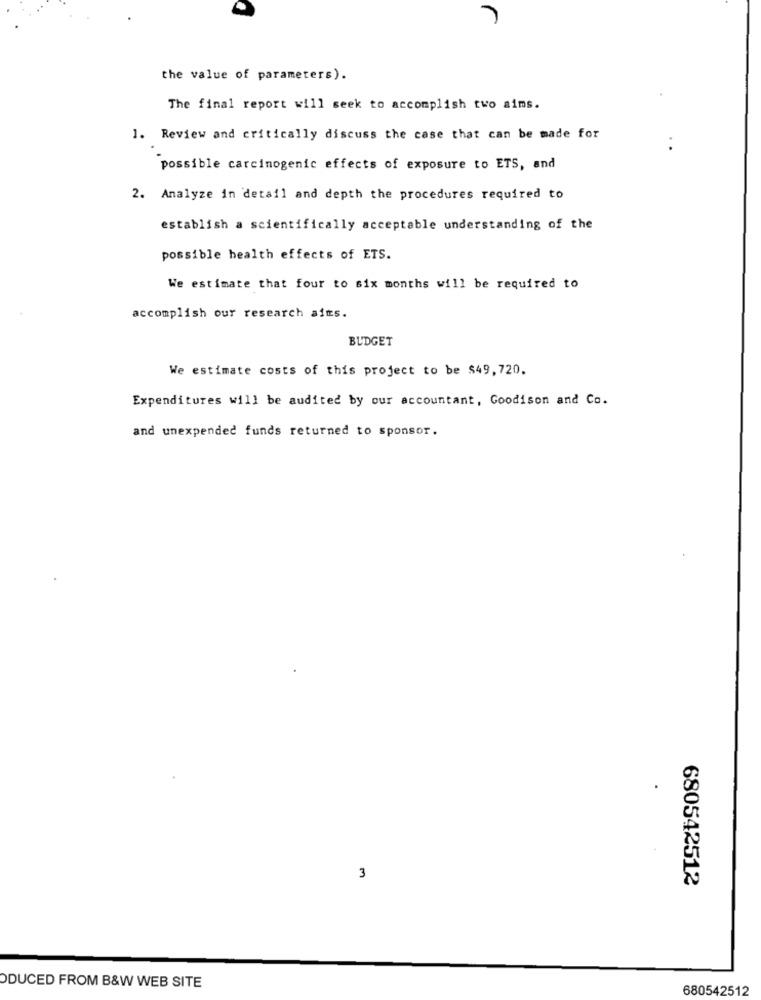
the value of parameters).
The final report will seek to accomplish two aims.
1. Review and critically discuss the case that can be made for
possible carcinogenic effects of exposure to ETS, and
2. Analyze in detail and depth the procedures required to
establish a scientifically acceptable understanding of the
possible health effects of ETS.
We estimate that four to six months will be required to
accomplish our research aims.
BUDGET
We estimate costs of this project to be $49,720.
Expenditures will be audited by our accountant, Goodison and Co.
and unexpended funds returned to sponsor.
3
680542512
ODUCED FROM B&W WEB SITE
680542512